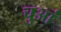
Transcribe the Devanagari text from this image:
चुआं